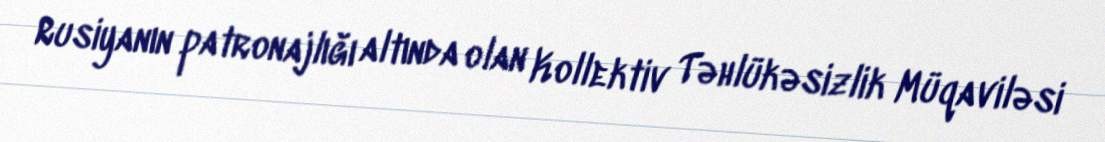
Rusiyanın patronajlığı altında olan Kollektiv Təhlükəsizlik Müqaviləsi